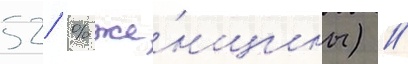
52 % же́нщины) //